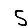
Digit: 5